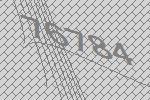
76784